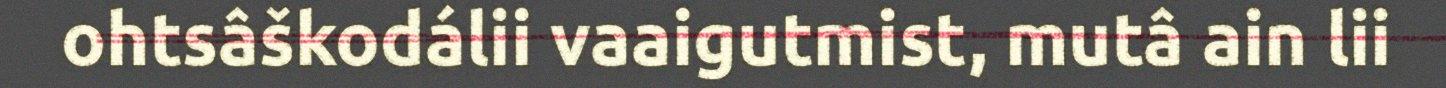
ohtsâškodálii vaaigutmist, mutâ ain lii